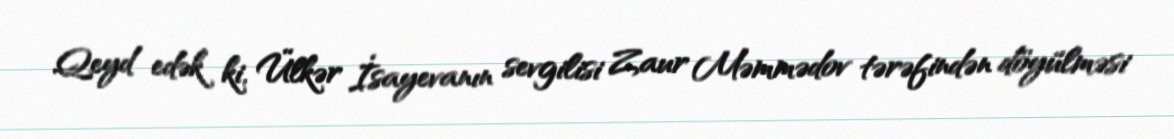
Qeyd edək ki, Ülkər İsayevanın sevgilisi Zaur Məmmədov tərəfindən döyülməsi